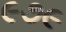
૯૭૯